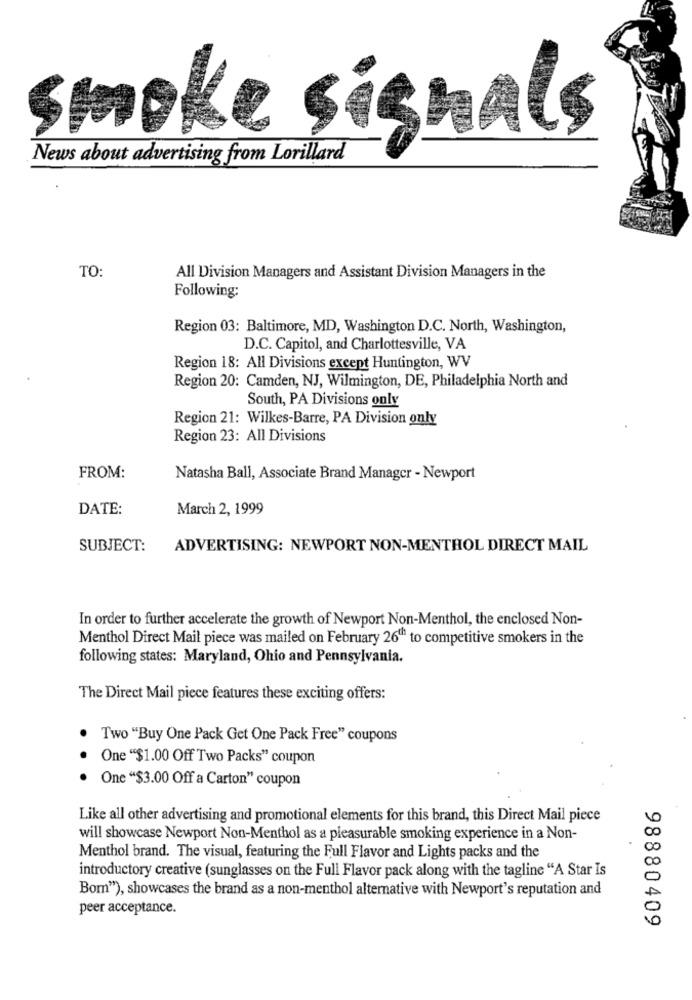
smoke signals
News about advertising from Lorillard
TO:
All Division Managers and Assistant Division Managers in the
Following:
Region 03: Baltimore, MD, Washington D.C. North, Washington,
D.C. Capitol, and Charlottesville, VA
Region 18: All Divisions except Huntington, WV
Region 20: Camden, NJ, Wilmington, DE, Philadelphia North and
South, PA Divisions only
Region 21: Wilkes-Barre, PA Division only
Region 23: All Divisions
FROM:
Natasha Ball, Associate Brand Manager - Newport
DATE:
March 2, 1999
SUBJECT:
ADVERTISING: NEWPORT NON-MENTHOL DIRECT MAIL
In order to further accelerate the growth of Newport Non-Menthol, the enclosed Non-
Menthol Direct Mail piece was mailed on February 26th to competitive smokers in the
following states: Maryland, Ohio and Pennsylvania.
The Direct Mail piece features these exciting offers:
Two "Buy One Pack Get One Pack Free" coupons
One "$1.00 Off Two Packs" coupon
One "$3.00 Off a Carton" coupon
Like all other advertising and promotional elements for this brand, this Direct Mail piece
will showcase Newport Non-Menthol as a pleasurable smoking experience in a Non-
Menthol brand. The visual, featuring the Full Flavor and Lights packs and the
introductory creative (sunglasses on the Full Flavor pack along with the tagline "A Star Is
Bom"), showcases the brand as a non-menthol alternative with Newport's reputation and
peer acceptance.
98880409